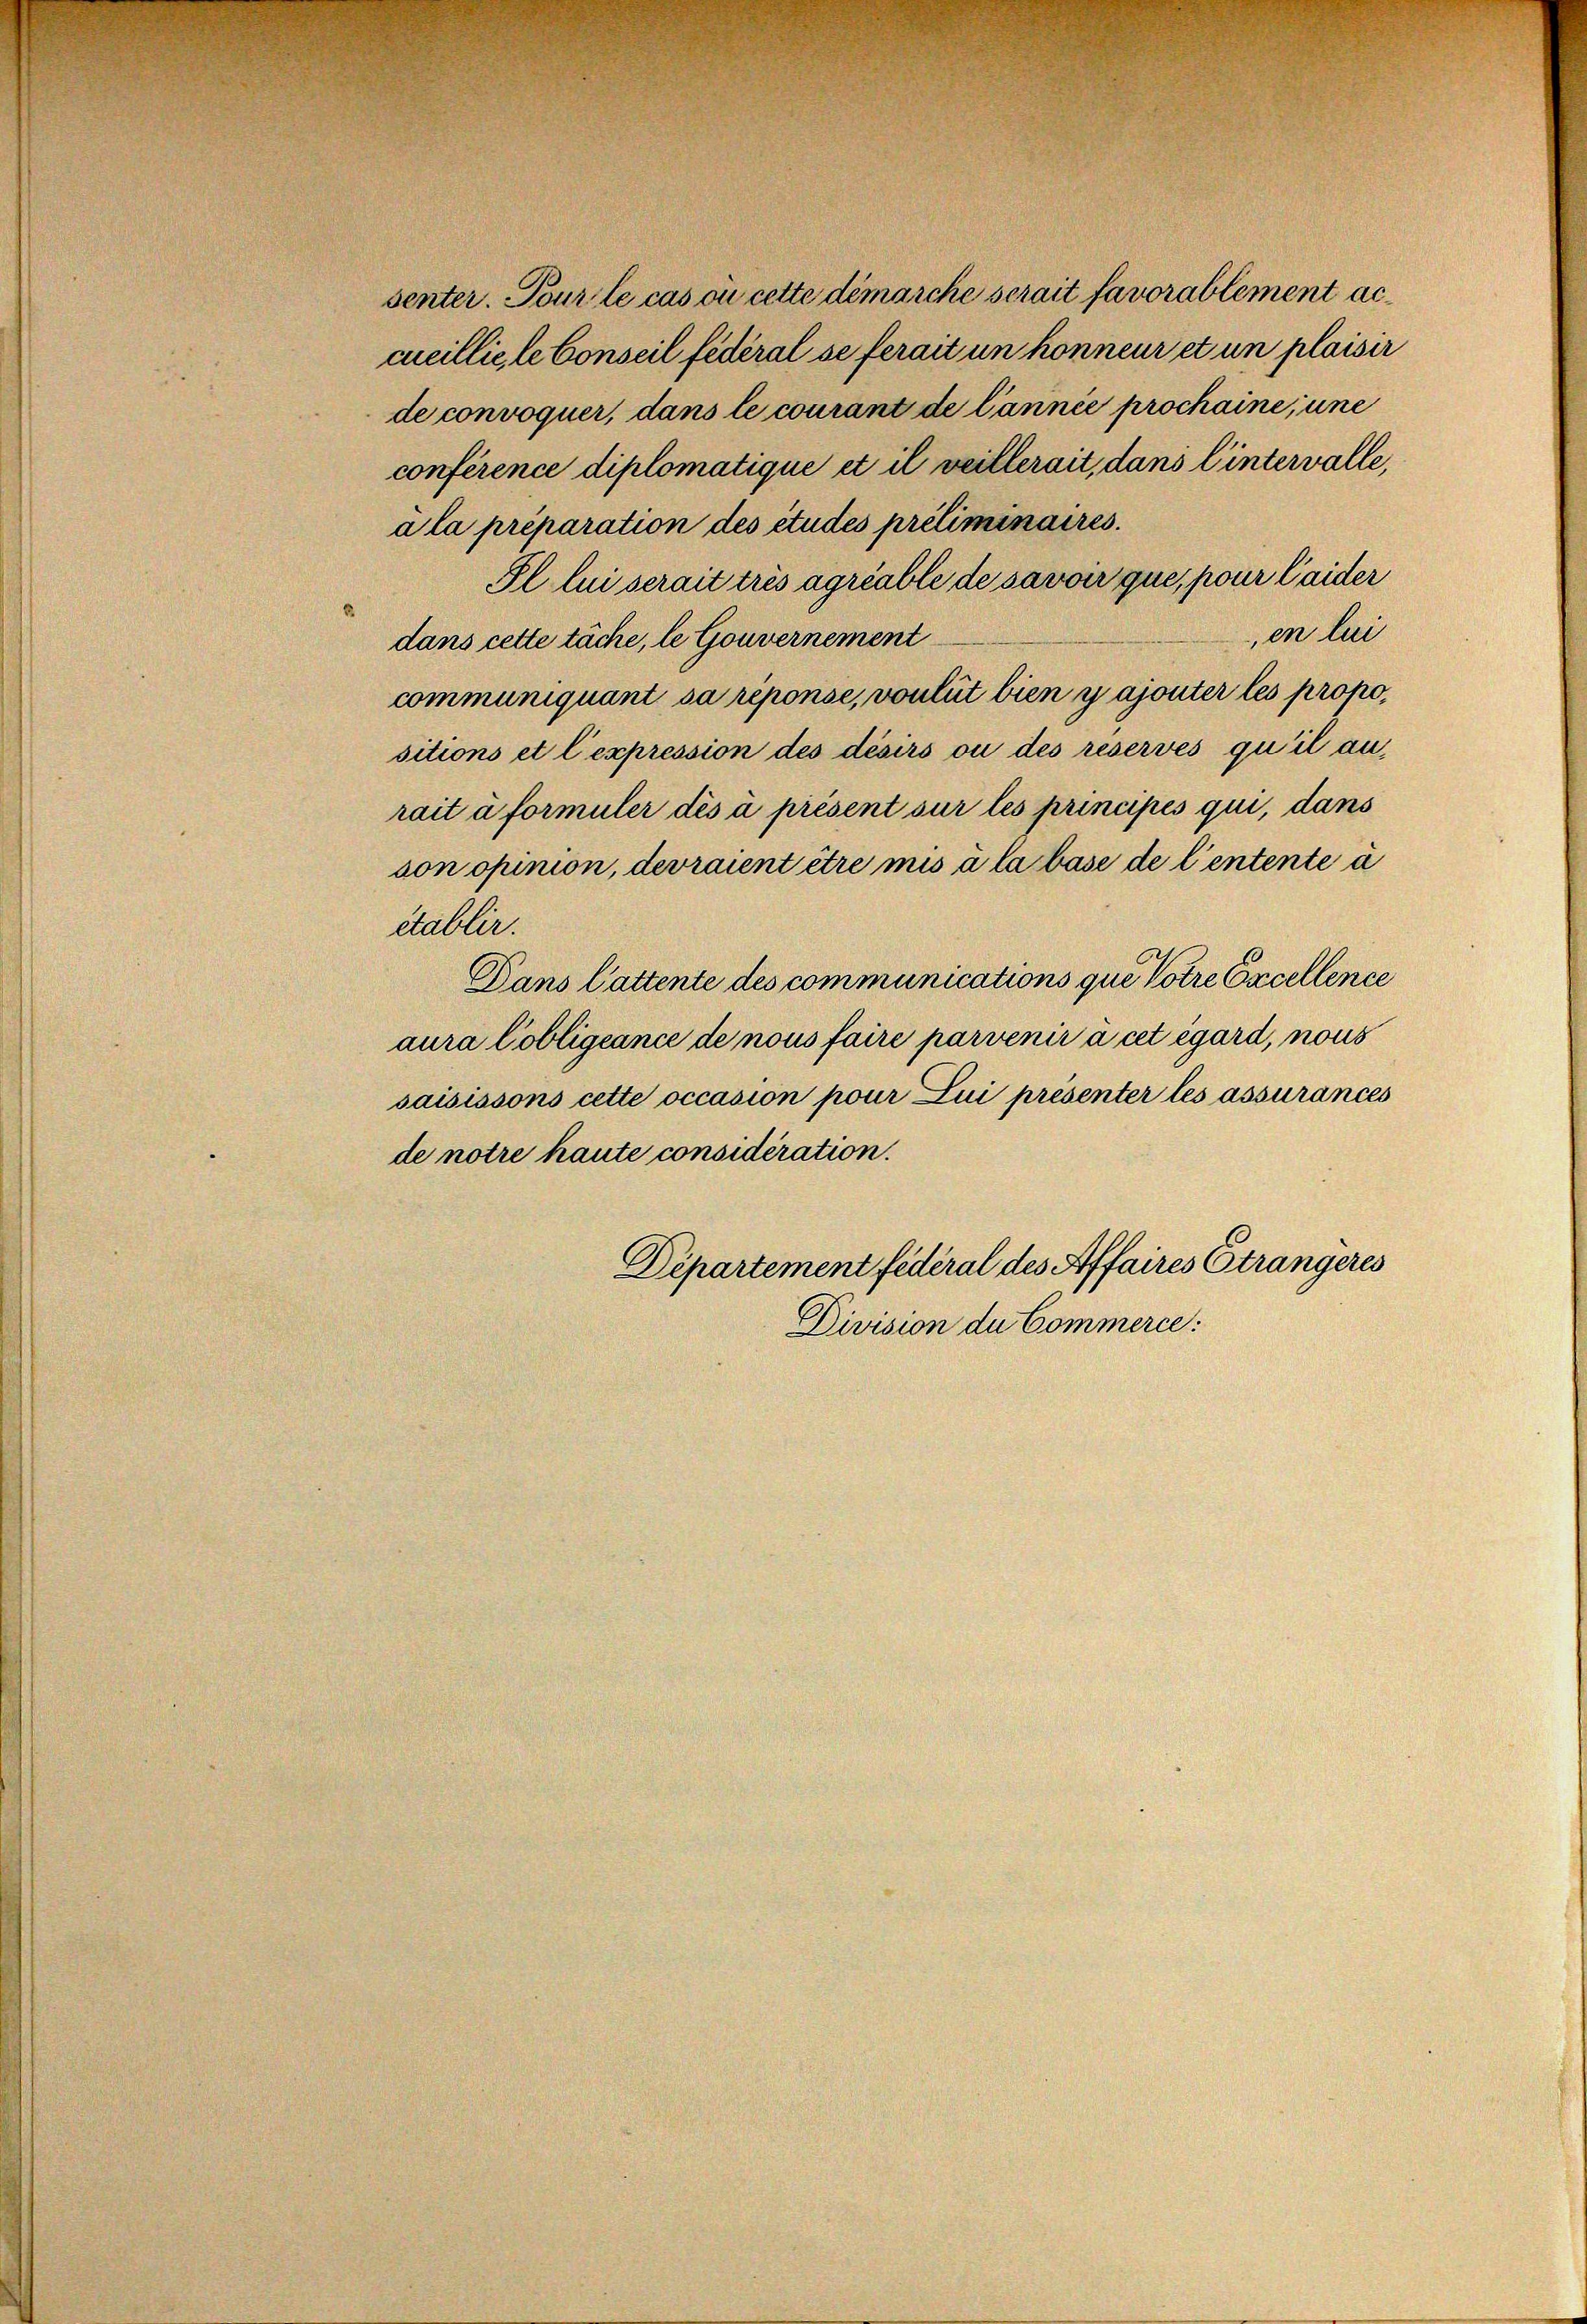
senter. Tour le cas où cette démarche serait favorablement accueillie le Conseil fédéral se ferait un honneur et un plaisir
de convoquer, dans le courant de l’année prochaine, une
conférence diplomatique et il veillerait, dans l’intervalle,
a la préparation des études préliminaires.
Il lui serait très agriable de savoir que, pour laider
en lui
dans cette täche, le Gouvernement
communiquant sa reponse, voulut bien y ajouter les propositions et l’expression des désirs ou des réservés qu’il au
rait à formuler dés à présent sur les principés qui, dans
son opinion, devraient être mis à la base de l’entente à
établir.
Dans Cattente des communications que Votre Excellence
aura Cobligéance de nous faire parvenir à cet égard, nous
saisissons cette occasion pour Lui présenter les assurances
de notre haute considération.
Département fédéral des Affaires Strangeres
Division du Commerce: